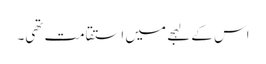
اس کے لہجے میں استقامت تھی۔